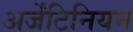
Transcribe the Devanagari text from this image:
अर्जेंटिनियन